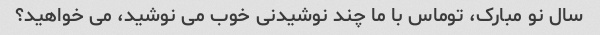
سال نو مبارک، توماس با ما چند نوشیدنی خوب می نوشید، می خواهید؟